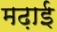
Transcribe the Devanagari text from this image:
मढ़ाई